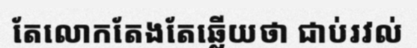
តែលោកតែងតែឆ្លើយថា ជាប់រវល់